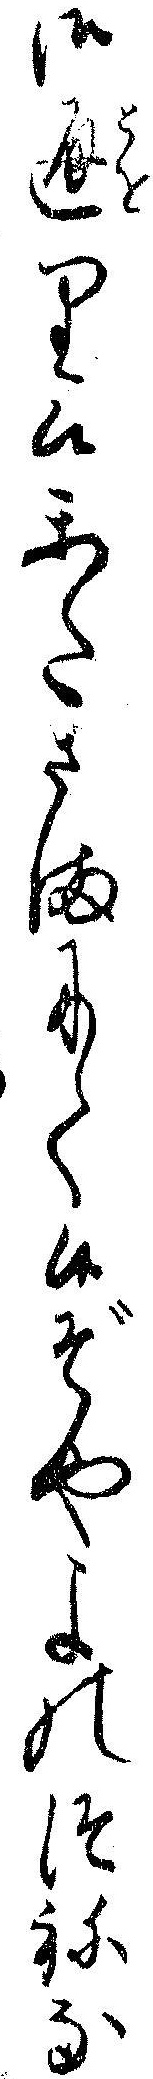
御通り候かたさまにて候ぞやよのつねな